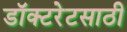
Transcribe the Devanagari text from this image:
डॉक्टरेटसाठी